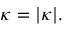
\kappa = | { \boldsymbol { \kappa } } | .